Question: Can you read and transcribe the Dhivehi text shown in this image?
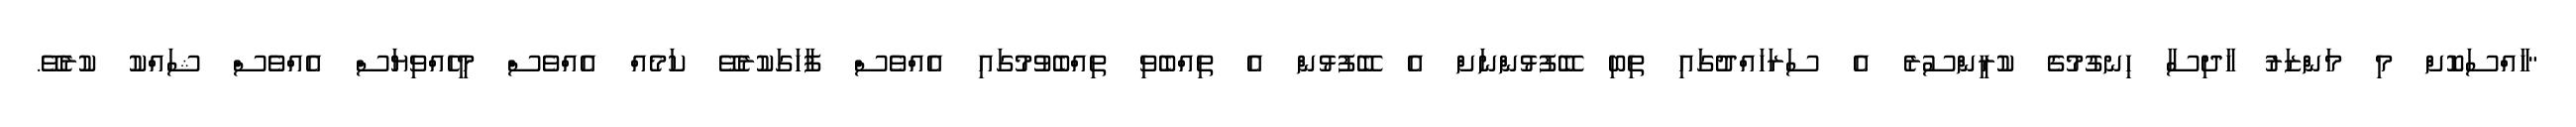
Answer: "ހާއްސަކޮށް މި މަންޒަރު ހާދިސާ ހިނގުމުގެ ކުރީންސުރެ އެ ސަރަހައްދުގައި ތިބި ބޭފުޅުންނަށް އެ ބޭފުޅުން އެ ތިއްބެވި ތިއްބެވުމުގައި އެއްވެސް ފާހަގަކުރެވޭ ކަމެއް އެއްވެސް މީހެއްވިޔަސް އެއްވެސް ޝައްކު ކުރެވޭ.